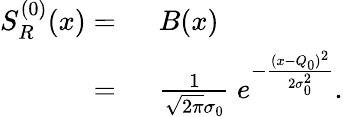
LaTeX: \begin{array}{rl}{S_{R}^{(0)}(x)=\ }&{{}B(x)}\\ {=\ }&{{}\frac{1}{\sqrt{2\pi}\sigma_{0}}\ e^{-\frac{(x-Q_{0})^{2}}{2\sigma_{0}^{2}}}.}\end{array}